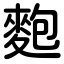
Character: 麭